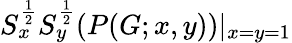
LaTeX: S_{x}^{\frac{1}{2}}S_{y}^{\frac{1}{2}}(P(G;x,y))|_{x=y=1}